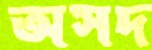
অসদ